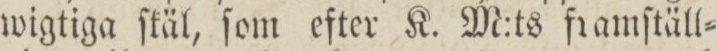
wigtiga ſkäl, ſom efter K. M:ts framſtäll=